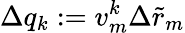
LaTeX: \Delta q_{k}:=v_{m}^{k}\Delta\tilde{r}_{m}